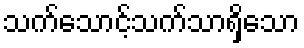
သက်သောင့်သက်သာရှိသော